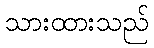
သားထားသည်